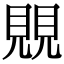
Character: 覞